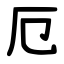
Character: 厄